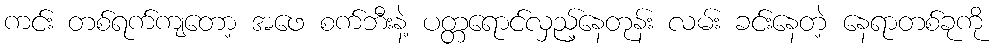
ကင်း တစ်ရက်ကျတော့ အဖေ စက်ဘီးနဲ့ ပတ္တရောင်လှည့်နေတုန်း လမ်း ခင်းနေတဲ့ နေရာတစ်ခုကို